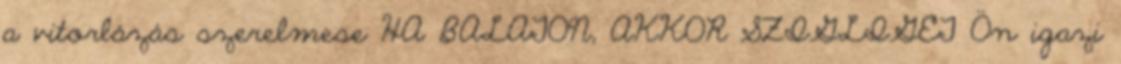
a vitorlázás szerelmese HA BALATON, AKKOR SZIGLIGET Ön igazi